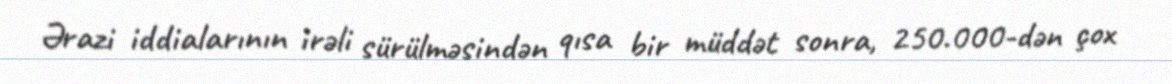
Ərazi iddialarının irəli sürülməsindən qısa bir müddət sonra, 250.000-dən çox